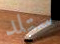
ستلد